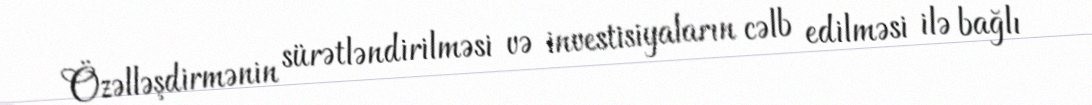
Özəlləşdirmənin sürətləndirilməsi və investisiyaların cəlb edilməsi ilə bağlı